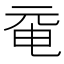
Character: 𠀻